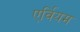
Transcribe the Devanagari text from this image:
एर्वियम